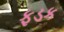
ફડક